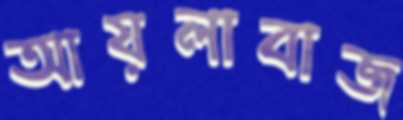
আয়লাবাজ